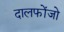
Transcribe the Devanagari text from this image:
दालफोंजो